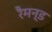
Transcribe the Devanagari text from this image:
रैमन्ड